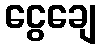
ငွေချေ